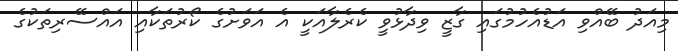
މިއަދު ބޭއްވި އަޑުއެހުމުގައި ގާޒީ ވިދާޅުވީ ކެރެލާއަކީ އެ އަވަށުގެ ކޯރުތަކާއި އައްސޭރިތަކުގެ